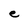
Character: e